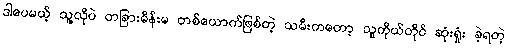
ဒါပေမယ့် သူ့လိုပဲ တခြားမိန်းမ တစ်ယောက်ဖြစ်တဲ့ သမီးကတော့ သူကိုယ်တိုင် ဆုံးရှုံး ခဲ့ရတဲ့